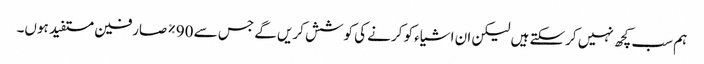
ہم سب کچھ نہیں کرسکتے ہیں لیکن ان اشیاء کو کرنے کی کوشش کریں گے جس سے 90٪ صارفین مستفید ہوں۔